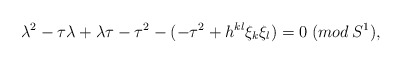
\begin{align*}\lambda^2 -\tau\lambda+\lambda\tau-\tau^2-(-\tau^2+h^{kl}\xi_k\xi_l) = 0\; (mod\:S^1),\end{align*}